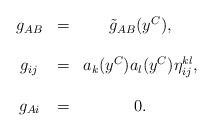
LaTeX: \begin{align*}\begin{array}{ccc}g_{AB} & = & \tilde{g}_{AB}(y^{C}), \\ & & \\ g_{ij} & = & a_{k}(y^{C})a_{l}(y^{C})\eta _{ij}^{kl}, \\ & & \\ g_{Ai} & = & 0.\end{array}\end{align*}